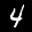
Label: 4